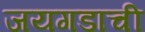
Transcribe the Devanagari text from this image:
जयगडाची